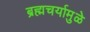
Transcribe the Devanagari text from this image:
ब्रह्मचर्यामुळे